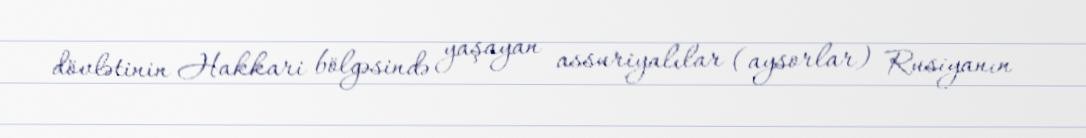
dövlətinin Hakkari bölgəsində yaşayan assuriyalılar (aysorlar) Rusiyanın